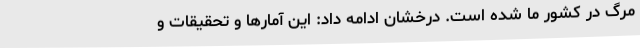
مرگ در کشور ما شده است. درخشان ادامه داد: این آمارها و تحقیقات و